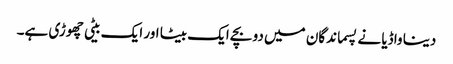
دینا واڈیا نے پسماندگان میں دو بچے ایک بیٹا اور ایک بیٹی چھوڑی ہے۔